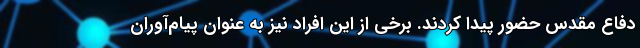
دفاع مقدس حضور پیدا کردند. برخی از این افراد نیز به عنوان پیام‌آوران